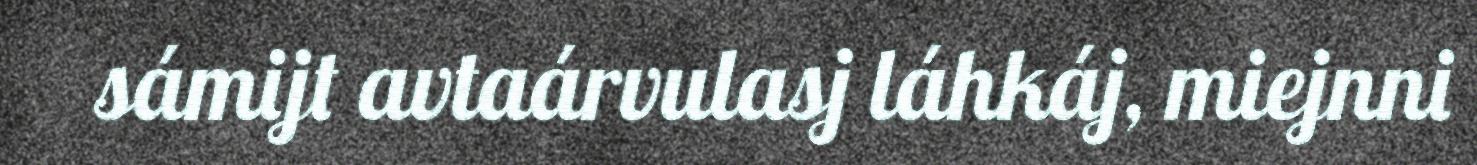
sámijt avtaárvulasj láhkáj, miejnni